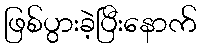
ဖြစ်ပွားခဲ့ပြီးနောက်